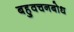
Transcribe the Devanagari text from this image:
बहुवचनबोध